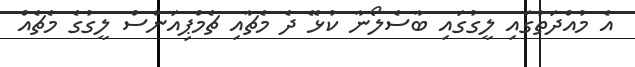
އެ މުއްދަތުގައި ލީގުގައި ބާސެލޯނާ ކުޅޭ ދެ މެޗާއި ޗެމްޕިއަންސް ލީގުގެ މެޗެއް